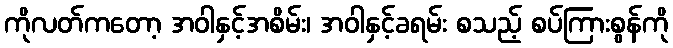
ကိုလတ်ကတော့ အဝါနှင့်အစိမ်း၊ အဝါနှင့်ခရမ်း စသည့် စပ်ကြားစွန်ကို